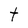
Character: t